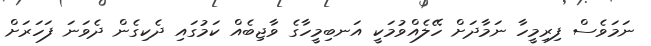
ނަމަވެސް ފިރިމީހާ ނަމާދަށް ހޭލެއްވުމަކީ އަނބިމީހާގެ ވާޖިބެއް ކަމުގައި ދެކިގެން ދެވަނަ ފަހަރަށް